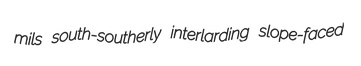
mils south-southerly interlarding slope-faced